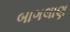
બાગલાણ